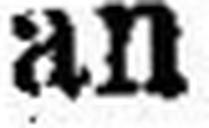
an